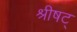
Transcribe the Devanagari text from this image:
श्रीषट्